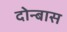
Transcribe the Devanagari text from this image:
दोन्बास